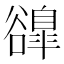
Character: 𧯌